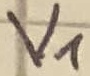
Text: V1